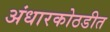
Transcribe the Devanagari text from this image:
अंधारकोठडीत